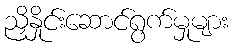
ညှိနှိုင်းဆောင်ရွက်မှုများ